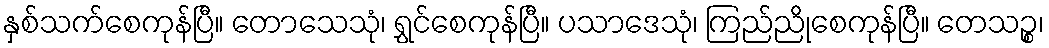
နှစ်သက်စေကုန်ပြီ။ တောသေသုံ၊ ရွှင်စေကုန်ပြီ။ ပသာဒေသုံ၊ ကြည်ညိုစေကုန်ပြီ။ တေသဉ္စ၊